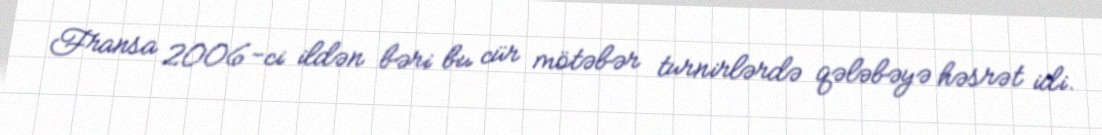
Fransa 2006-ci ildən bəri bu cür mötəbər turnirlərdə qələbəyə həsrət idi.